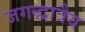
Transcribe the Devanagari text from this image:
जगद्धात्रैय